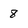
Character: 8